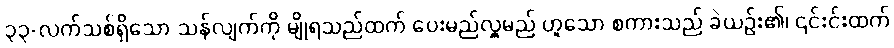
၃၃-လက်သစ်ရှိသော သန်လျက်ကို မျိုရသည်ထက် ပေးမည်လှူမည် ဟူသော စကားသည် ခဲယဉ်း၏၊ ၎င်းင်းထက်